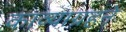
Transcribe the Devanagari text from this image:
काव्याग्रहने